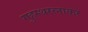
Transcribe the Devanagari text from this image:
गृहस्थरत्नाकर